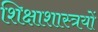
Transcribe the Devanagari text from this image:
शिक्षाशास्त्रयों